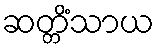
ဆတ္တိံသာယ